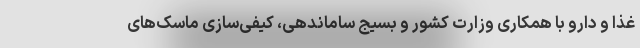
غذا و دارو با همکاری وزارت کشور و بسیج ساماندهی، کیفی‌سازی ماسک‌های